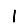
Digit: 1